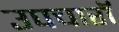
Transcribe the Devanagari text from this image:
उपचारॉ